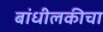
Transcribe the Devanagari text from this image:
बांधीलकीचा